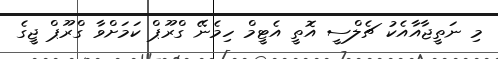
މި ނަތީޖާއާއެކު ޗެލްސީ އޮތީ އެޓީމް ހިމެނޭ ގްރޫޕް ކަމަށްވާ ގްރޫޕް ޖީގެ